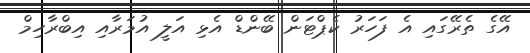
އޭގެ ތެރޭގައި އެ ފަހަރު ކެޕްޓަން ބޭންޑް އެޅި އަލީ އުމަރާއި އިބްރާހިމް